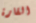
القارة